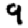
Digit: 9